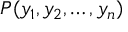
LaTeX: P ( y _ { 1 } , y _ { 2 } , \ldots , y _ { n } )